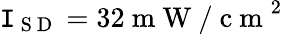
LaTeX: \mathtt{I}_{\mathrm{{~S~D~}}}=32\mathrm{{~m~W~/~c~m~}}^{2}